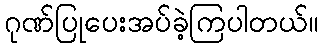
ဂုဏ်ပြုပေးအပ်ခဲ့ကြပါတယ်။